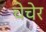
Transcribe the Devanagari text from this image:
चेचेर